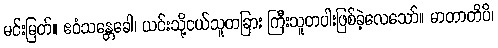
မင်းမြတ်။ ဧဝံသန္တေခေါ၊ ယင်းသို့ငယ်သူတခြား ကြီးသူတပါးဖြစ်ခဲ့လေသော်။ မာတာတိပိ၊